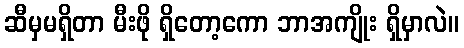
ဆီမှမရှိတာ မီးဖို ရှိတော့ကော ဘာအကျိုး ရှိမှာလဲ။